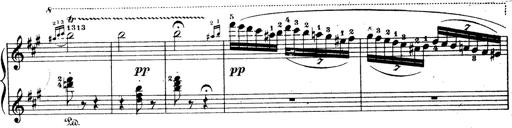
Title: Wagner-Liszt Album
Composer: Franz Liszt